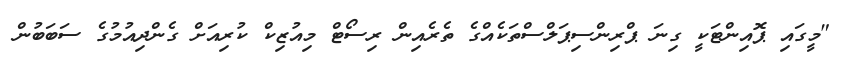
"މީގައި ޕޮއިންޓަކީ ގިނަ ޕްރިންސިޕަލްސްތަކެއްގެ ތެރެއިން ރިސޯޓް މިއުޒިކް ކުރިއަށް ގެންދިއުމުގެ ސަބަބުން